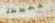
مخططة